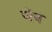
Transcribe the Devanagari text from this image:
जेंच